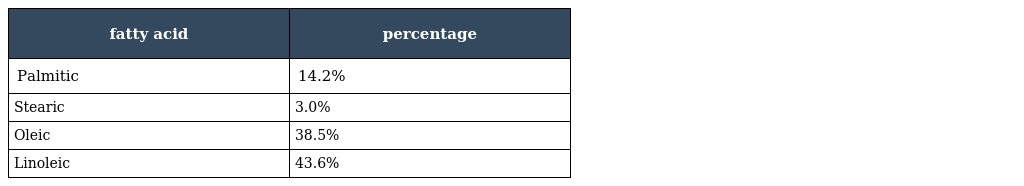
| fatty acid | percentage |
 | --- | --- |
 | Palmitic | 14.2% |
 | Stearic | 3.0% |
 | Oleic | 38.5% |
 | Linoleic | 43.6% |